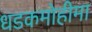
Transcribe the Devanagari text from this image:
धडकमोहीमा